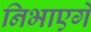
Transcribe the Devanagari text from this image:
निभाएगें